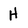
Character: H